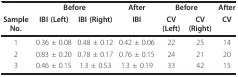
|  | <COLSPAN=2> Before | After | <COLSPAN=2> Before | After |
 | Sample No. | IBI (Left) | IBI (Right) | IBI | CV (Left) | CV (Right) | CV |
 | --- | --- | --- | --- | --- | --- | --- |
 | 1 | 0.36 ± 0.08 | 0.48 ± 0.12 | 0.42 ± 0.06 | 22 | 25 | 14 |
 | 2 | 0.83 ± 0.20 | 0.78 ± 0.17 | 0.76 ± 0.15 | 24 | 21 | 20 |
 | 3 | 0.46 ± 0.15 | 1.3 ± 0.53 | 1.3 ± 0.19 | 33 | 42 | 15 |